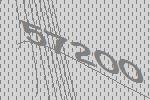
57200